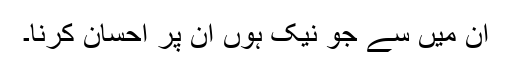
ان میں سے جو نیک ہوں ان پر احسان کرنا۔